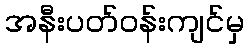
အနီးပတ်ဝန်းကျင်မှ